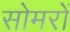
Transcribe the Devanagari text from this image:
सोमरों